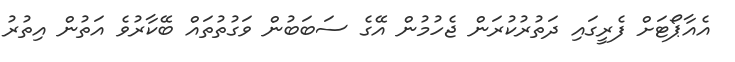
އެއާޕޯޓަށް ފެރީގައި ދަތުރުކުރަން ޖެހުމުން އޭގެ ސަބަބުން ވަގުތުތައް ބޭކާރުވެ އަތުން އިތުރު